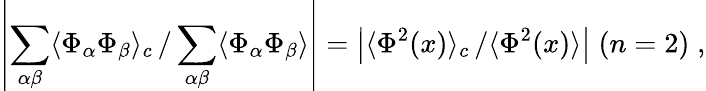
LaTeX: \left|\sum_{\alpha\beta}\langle\Phi_{\alpha}\Phi_{\beta}\rangle_{c}\left.\right/\sum_{\alpha\beta}\langle\Phi_{\alpha}\Phi_{\beta}\rangle\right|=\left|\langle\Phi^{2}(x)\rangle_{c}\left.\right/\langle\Phi^{2}(x)\rangle\right|\; (n=2)\; ,